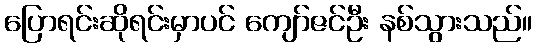
ပြောရင်းဆိုရင်းမှာပင် ကျော်ဇင်ဦး နစ်သွားသည်။